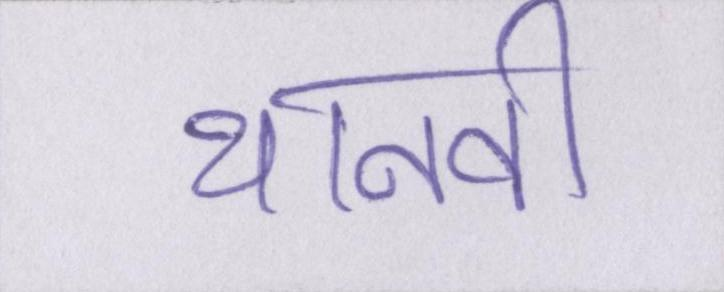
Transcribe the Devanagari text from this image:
थानवी